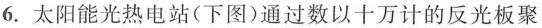
6.太阳能光热电站(下图)通过数以十万计的反光板聚